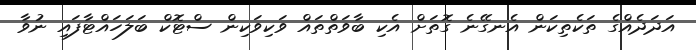
އަދަދެއްގެ ތަކެތިކަން އެނގޭނެ ގޮތަށް އެކި ބާވަތްތައް ވަކިވަކިން ސްޓޮކް ބަލަހައްޓާފައި ނުވާ